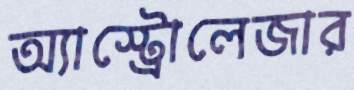
অ্যাস্ট্রোলেজার